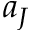
a _ { J }